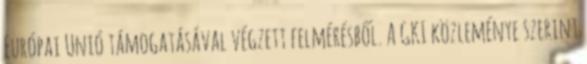
Európai Unió támogatásával végzett felmérésből. A GKI közleménye szerint